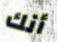
أنك